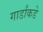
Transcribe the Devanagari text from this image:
गार्डांकडे